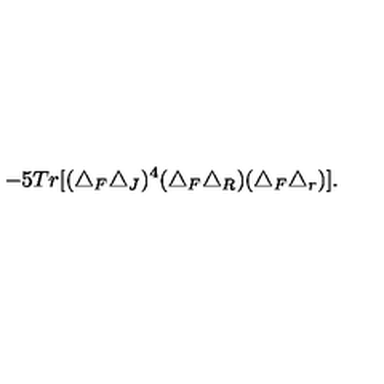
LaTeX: - 5 T r [ ( \triangle _ { F } \triangle _ { J } ) ^ { 4 } ( \triangle _ { F } \triangle _ { R } ) ( \triangle _ { F } \triangle _ { r } ) ] .